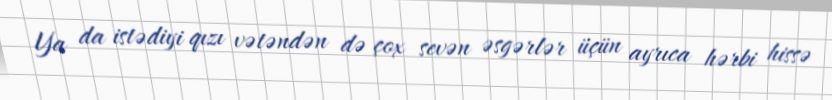
Ya da istədiyi qızı vətəndən də çox sevən əsgərlər üçün ayrıca hərbi hissə